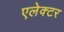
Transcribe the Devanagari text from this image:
एलेक्टर